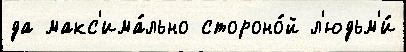
да макс'има́льно стороно́й л'юдьм'и́